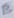
Text: B